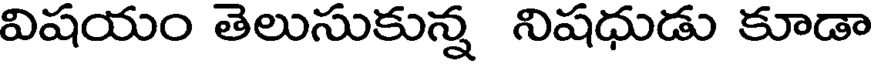
విషయం తెలుసుకున్న నిషధుడు కూడా